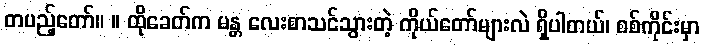
တပည့်တော်။ ။ ထိုခေတ်က မန္တ လေးစာသင်သွားတဲ့ ကိုယ်တော်များလဲ ရှိပါတယ်၊ စစ်ကိုင်းမှာ